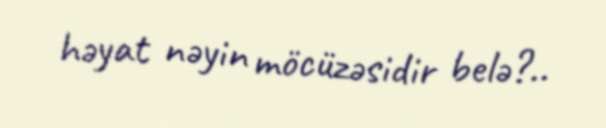
həyat nəyin möcüzəsidir belə?..